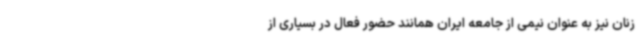
زنان نیز به عنوان نیمی از جامعه ایران همانند حضور فعال در بسیاری از